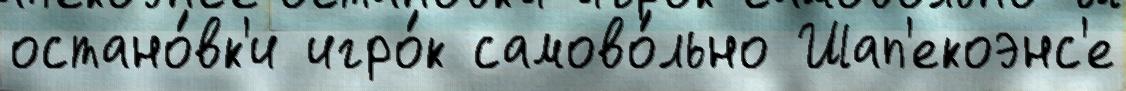
остано́вк'и игро́к самово́льно Шап'екоэнс'е